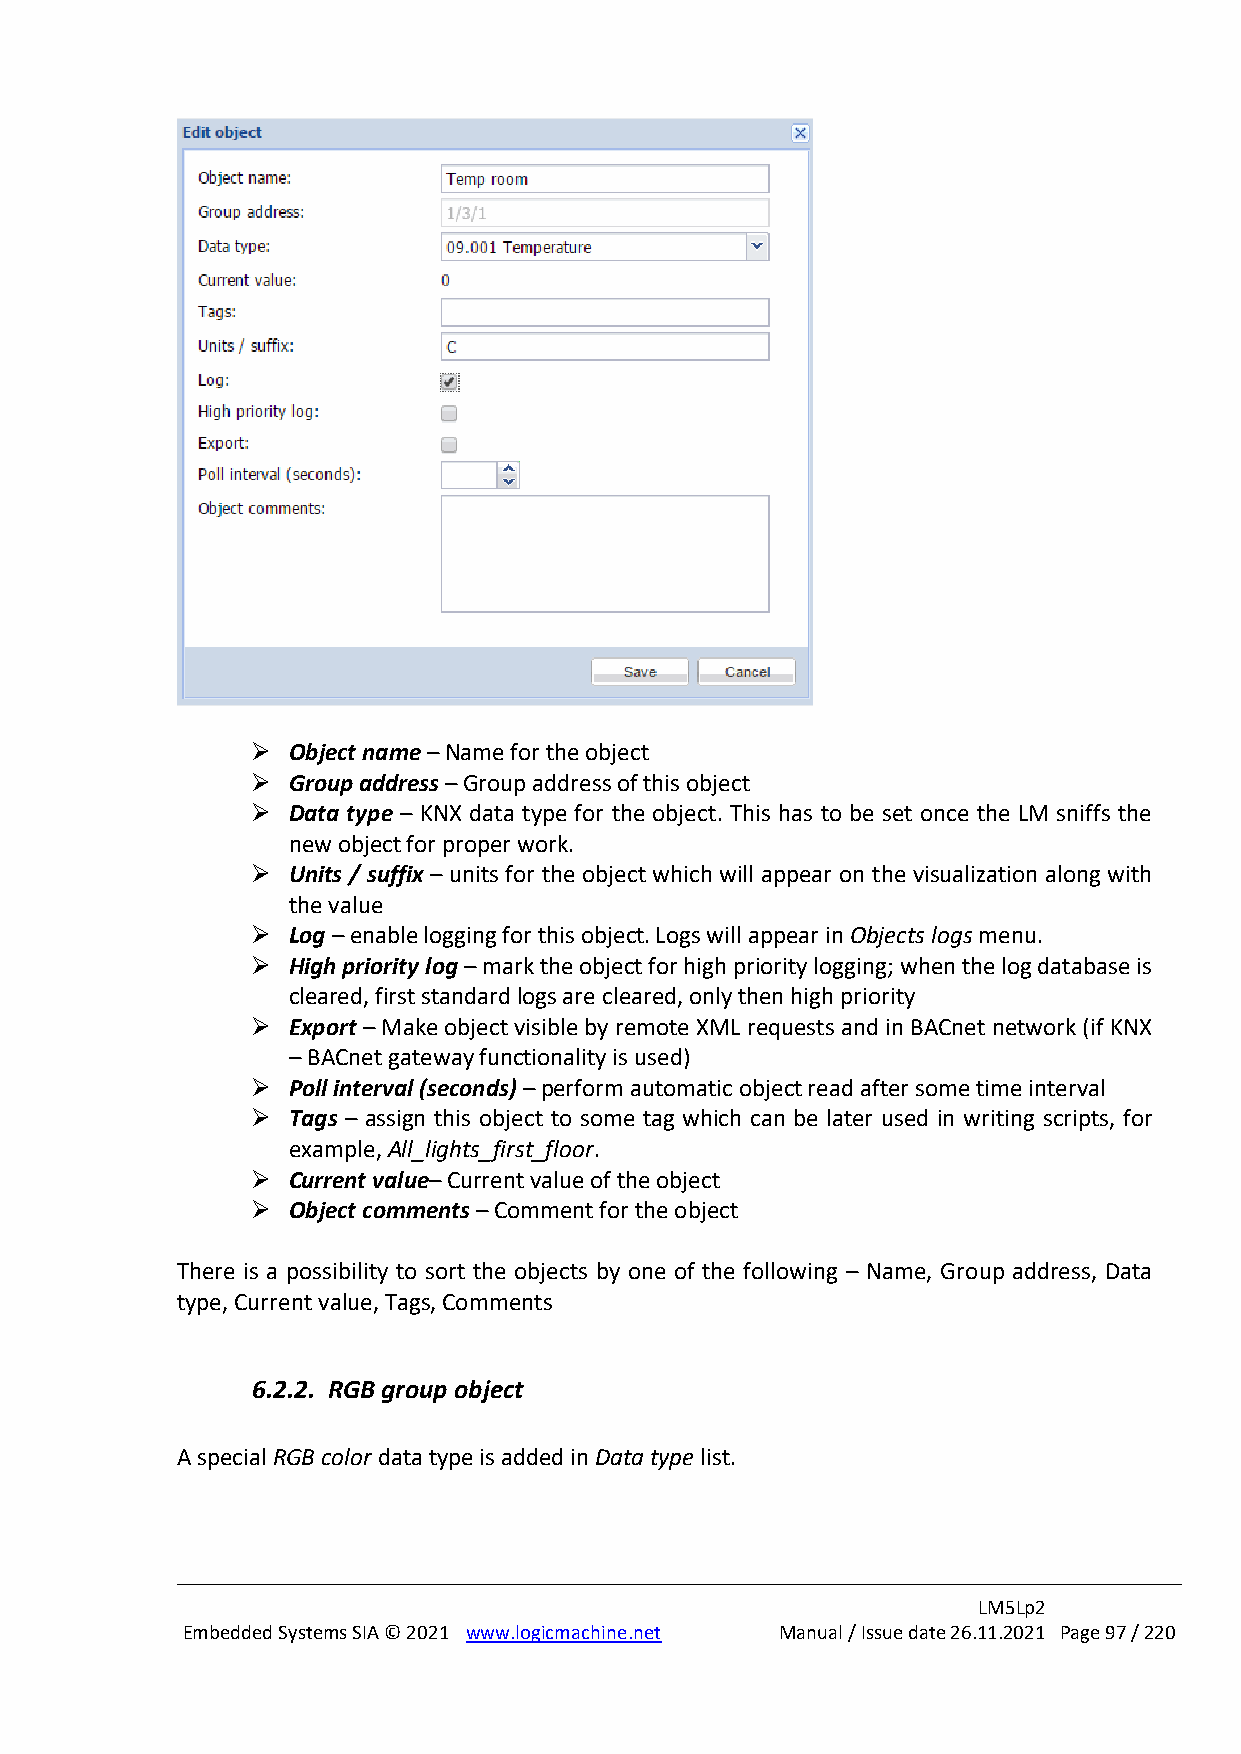
➢ Object name – Name for the object
 ➢ Group address – Group address of this object
 ➢ Data type – KNX data type for the object. This has to be set once the LM sniffs the
 new object for proper work.
 ➢ Units / suffix – units for the object which will appear on the visualization along with
 the value
 ➢ Log – enable logging for this object. Logs will appear in Objects logs menu.
 ➢ High priority log – mark the object for high priority logging; when the log database is
 cleared, first standard logs are cleared, only then high priority
 ➢ Export – Make object visible by remote XML requests and in BACnet network (if KNX
 – BACnet gateway functionality is used)
 ➢ Poll interval (seconds) – perform automatic object read after some time interval
 ➢ Tags – assign this object to some tag which can be later used in writing scripts, for
 example, All_lights_first_floor.
 ➢ Current value– Current value of the object
 ➢ Object comments – Comment for the object
 There is a possibility to sort the objects by one of the following – Name, Group address, Data
 type, Current value, Tags, Comments
 6.2.2. RGB group object
 A special RGB color data type is added in Data type list.
 LM5Lp2
 Embedded Systems SIA © 2021 www.logicmachine.net Manual / Issue date 26.11.2021 Page 97 / 220